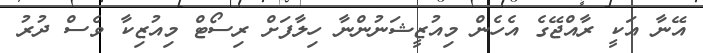
އޭނާ އަކީ ރާއްޖޭގެ އެހެން މިއުޒީޝަނުންނާ ހިލާފަށް ރިސޯޓް މިއުޒިކާ ވެސް ދުރު